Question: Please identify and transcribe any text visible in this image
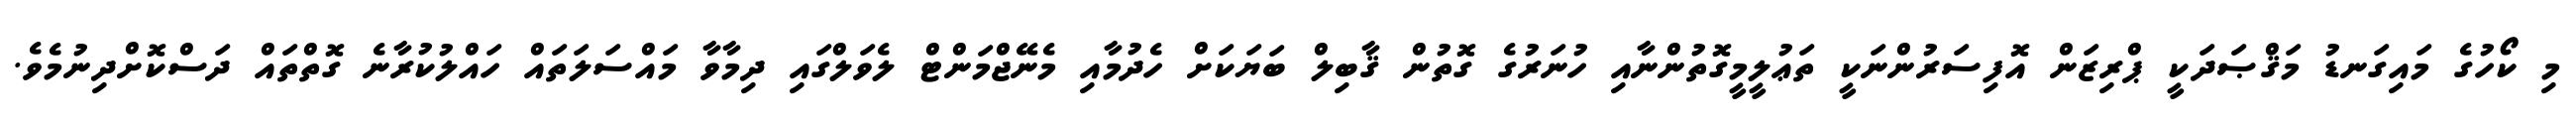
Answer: މި ކޯހުގެ މައިގަނޑު މަޤްޞަދަކީ ޕްރިޒަން އޮފިސަރުންނަކީ ތަޢުލީމީގޮތުންނާއި ހުނަރުގެ ގޮތުން ޤާބިލް ބަޔަކަށް ހެދުމާއި މެނޭޖްމަންޓް ލެވަލްގައި ދިމާވާ މައްސަލަތައް ހައްލުކުރާނެ ގޮތްތައް ދަސްކޮށްދިނުމެވެ.